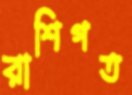
রাশিগত